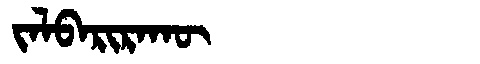
Manchu: ᠵᠠᠯᠪᠠᡵᡳᡵᠠᡴᡡ
Romanization: JALBARIRAKŪ